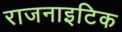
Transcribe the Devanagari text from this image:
राजनाइटिक